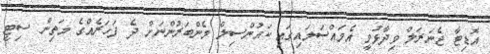
އޮޑިޓާ ޖެނަރަލް ވިދާޅުވީ އެމައްސަލައިގައި ކައުންސިލް މެންބަރުންނަށް ދެ ފަހަރެއްގެ މަތިން ސިޓީ